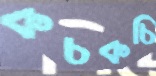
কচকচি